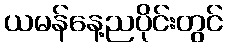
ယမန်နေ့ညပိုင်းတွင်